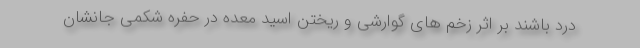
درد باشند بر اثر زخم های گوارشی و ریختن اسید معده در حفره شکمی جانشان